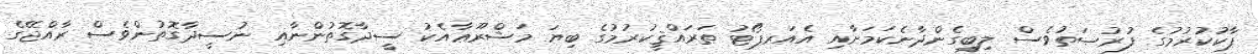
ޕާކުކުރުމުގެ ފުރުޞަތުވެސް ލިބިގެންދާނެކަމަށާއި އެއަރޕޯޓު ތަރައްޤީކުރުމުގެ ބިޔަ މަޝްރޫޢާއެކު ސީދާގޮތުންނާއި ނުސީދާގޮތުންވެސް ރާއްޖޭގެ